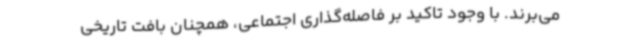
می‌برند. با وجود تاکید بر فاصله‌گذاری اجتماعی، همچنان بافت تاریخی